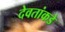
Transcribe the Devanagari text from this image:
देवतांकडे